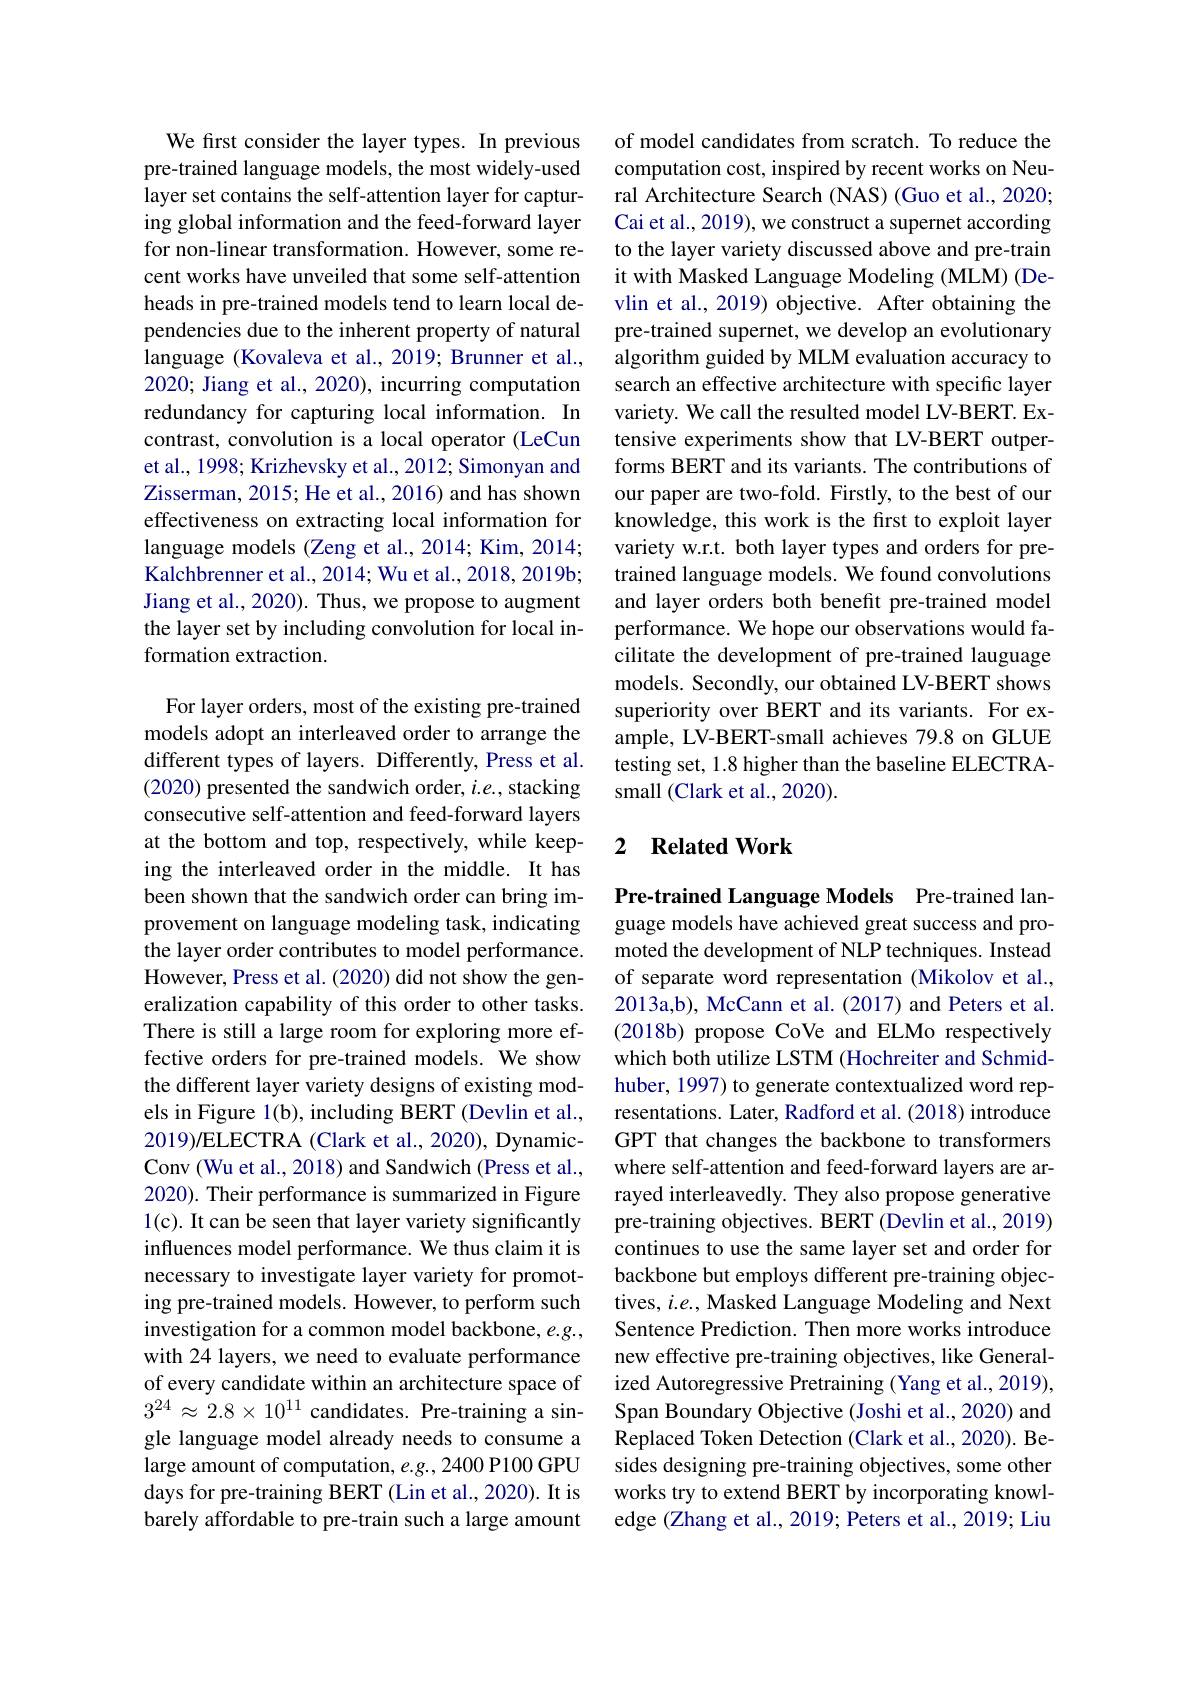
We first consider the layer types. In previous pre-trained language models, the most widely-used layer set contains the self-attention layer for capturing global information and the feed-forward layer for non-linear transformation. However, some recent works have unveiled that some self-attention heads in pre-trained models tend to learn local dependencies due to the inherent property of natural language (Kovaleva et al., 2019; Brunner et al., 2020; Jiang et al., 2020), incurring computation redundancy for capturing local information. In contrast, convolution is a local operator (LeCun et al., 1998; Krizhevsky et al., 2012; Simonyan and Zisserman, 2015; He et al., 2016) and has shown effectiveness on extracting local information for language models (Zeng et al., 2014; Kim, 2014; Kalchbrenner et al., 2014; Wu et al., 2018, 2019b; Jiang et al., 2020). Thus, we propose to augment the layer set by including convolution for local information extraction.

For layer orders, most of the existing pre-trained models adopt an interleaved order to arrange the different types of layers. Differently, Press et al. (2020) presented the sandwich order, $i.e.$, stacking consecutive self-attention and feed-forward layers at the bottom and top, respectively, while keeping the interleaved order in the middle. It has been shown that the sandwich order can bring improvement on language modeling task, indicating the layer order contributes to model performance. However, Press et al. (2020) did not show the generalization capability of this order to other tasks. There is still a large room for exploring more effective orders for pre-trained models. We show the different layer variety designs of existing models in Figure 1(b), including BERT (Devlin et al., 2019)/ELECTRA (Clark et al., 2020), DynamicConv (Wu et al., 2018) and Sandwich (Press et al., 2020). Their performance is summarized in Figure 1(c). It can be seen that layer variety significantly influences model performance. We thus claim it is necessary to investigate layer variety for promoting pre-trained models. However, to perform such investigation for a common model backbone, e.g., with 24 layers, we need to evaluate performance of every candidate within an architecture space of $3^{24}\approx2.8\times10^{11}$ candidates. Pre-training a single language model already needs to consume a large amount of computation, e.g., 2400 P100 GPU days for pre-training BERT (Lin et al., 2020). It is barely affordable to pre-train such a large amount

of model candidates from scratch. To reduce the computation cost, inspired by recent works on Neural Architecture Search (NAS) (Guo et al., 2020; Cai et al., 2019), we construct a supernet according to the layer variety discussed above and pre-train it with Masked Language Modeling (MLM) (Devlin et al., 2019) objective. After obtaining the pre-trained supernet, we develop an evolutionary algorithm guided by MLM evaluation accuracy to search an effective architecture with specific layer variety. We call the resulted model LV-BERT. Extensive experiments show that LV-BERT outperforms BERT and its variants. The contributions of our paper are two-fold. Firstly, to the best of our knowledge, this work is the first to exploit layer variety w.r.t. both layer types and orders for pretrained language models. We found convolutions and layer orders both benefit pre-trained model performance. We hope our observations would facilitate the development of pre-trained lauguage models. Secondly, our obtained LV-BERT shows superiority over BERT and its variants. For example, LV-BERT-small achieves 79.8 on GLUE testing set, 1.8 higher than the baseline ELECTRAsmall (Clark et al., 2020).

# 2 Related Work

Pre-trained Language Models Pre-trained language models have achieved great success and promoted the development of NLP techniques. Instead of separate word representation (Mikolov et al., 2013a,b), McCann et al.(2017) and Peters et al. (2018b) propose CoVe and ELMo respectively which both utilize LSTM (Hochreiter and Schmidhuber, 1997) to generate contextualized word representations. Later, Radford et al. (2018) introduce GPT that changes the backbone to transformers where self-attention and feed-forward layers are arrayed interleavedly. They also propose generative pre-training objectives. BERT (Devlin et al., 2019) continues to use the same layer set and order for backbone but employs different pre-training objectives, $i.e.$, Masked Language Modeling and Next Sentence Prediction. Then more works introduce new effective pre-training objectives, like Generalized Autoregressive Pretraining (Yang et al., 2019), Span Boundary Objective (Joshi et al., 2020) and Replaced Token Detection (Clark et al., 2020). Besides designing pre-training objectives, some other works try to extend BERT by incorporating knowledge (Zhang et al., 2019; Peters et al., 2019; Liu